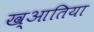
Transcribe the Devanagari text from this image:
ख्आतिया